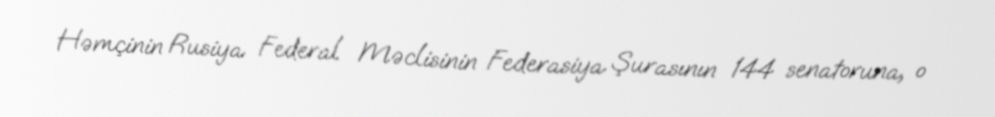
Həmçinin Rusiya Federal Məclisinin Federasiya Şurasının 144 senatoruna, o